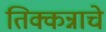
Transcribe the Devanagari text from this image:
तिक्कन्नाचे